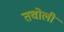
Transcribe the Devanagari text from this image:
तचोली